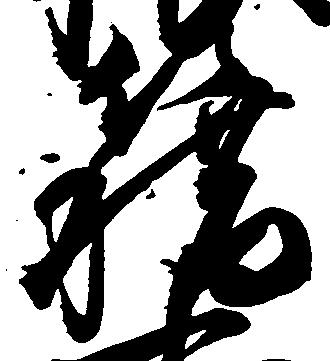
籍